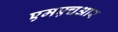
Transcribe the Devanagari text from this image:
एमएचआर